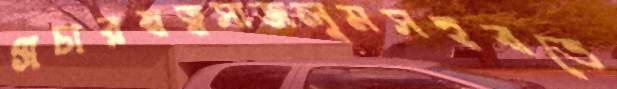
প্রচারস্বত্বসাজলুমসহবতে